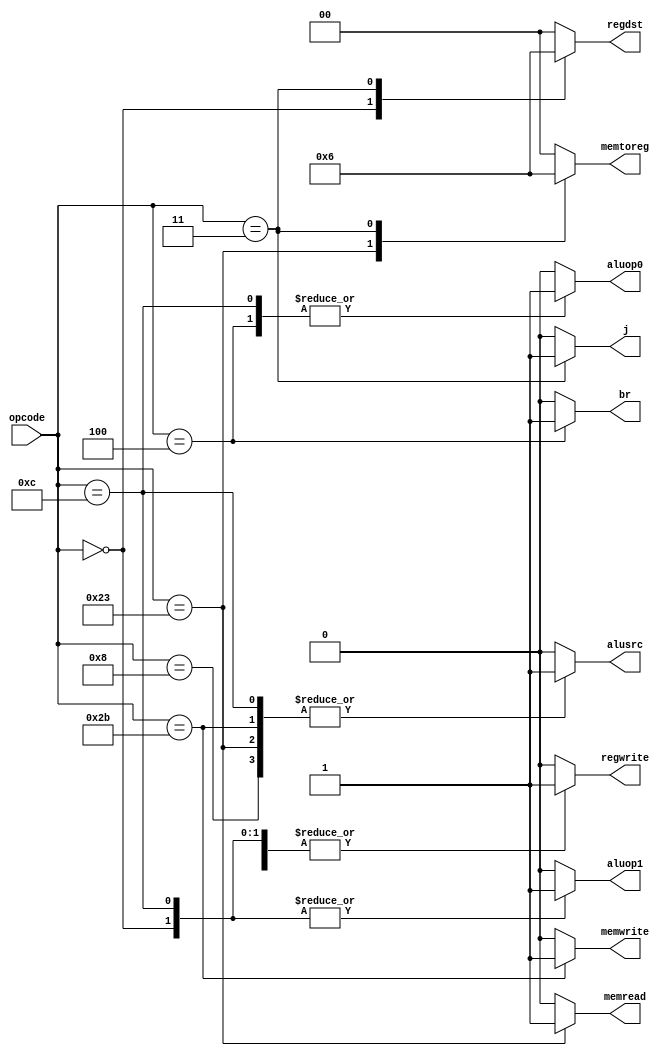
module controlunit ( opcode,regdst,alusrc,memtoreg,regwrite,memread,memwrite,br,aluop0, aluop1,j);
	
	input [5:0] opcode;
	output [1:0] regdst;
	output alusrc ;
	output [1:0] memtoreg;
	output regwrite ;
	output memread ;
	output memwrite ; 
	output br ;
	output aluop0;
	output aluop1 ;
	output j ;
	
	reg [1:0]regdst;
	reg alusrc ;
	reg [1:0]memtoreg;
	reg regwrite ;
	reg memread ;
    reg memwrite ; 
	reg br ;
	reg aluop0;
	reg aluop1 ;
	reg j ;	  
	
	always@(opcode) 
	 	begin 
		case(opcode) 
		
		
    6'b000000: begin regdst=2'b01; alusrc=1'b0; memtoreg=2'b00; regwrite=1'b1; memread=1'b0; memwrite=1'b0; br=1'b0 ; aluop1=1'b1; aluop0=1'b0; j=1'b0; end
	
	6'b001000: begin regdst=2'b00; alusrc=1'b1; memtoreg=2'b00; regwrite=1'b1; memread=1'b0; memwrite=1'b0; br=1'b0 ; aluop1=1'b0; aluop0=1'b0; j=1'b0; end	 
	
	6'b100011: begin regdst=2'b00; alusrc=1'b1; memtoreg=2'b01; regwrite=1'b1; memread=1'b1; memwrite=1'b0; br=1'b0 ; aluop1=1'b0; aluop0=1'b0; j=1'b0; end	 
	
	6'b101011: begin regdst=2'b00; alusrc=1'b1; memtoreg=2'b00; regwrite=1'b0; memread=1'b0; memwrite=1'b1; br=1'b0 ; aluop1=1'b0; aluop0=1'b0; j=1'b0; end
	
	6'b001100: begin regdst=2'b00; alusrc=1'b1; memtoreg=2'b00; regwrite=1'b1; memread=1'b0; memwrite=1'b0; br=1'b0 ; aluop1=1'b1; aluop0=1'b1; j=1'b0; end
	
	6'b000100: begin regdst=2'b00; alusrc=1'b0; memtoreg=2'b00; regwrite=1'b0; memread=1'b0; memwrite=1'b0; br=1'b1 ; aluop1=1'b0; aluop0=1'b1; j=1'b0;	end
	
	6'b000011: begin regdst=2'b10; alusrc=1'b0; memtoreg=2'b10; regwrite=1'b1; memread=1'b0; memwrite=1'b0; br=1'b0 ; aluop1=1'b0; aluop0=1'b0; j=1'b1;	end
	
	default:   begin regdst=2'b00; alusrc=1'b0; memtoreg=2'b00; regwrite=1'b0; memread=1'b0; memwrite=1'b0; br=1'b0 ; aluop1=1'b0; aluop0=1'b0; j=1'b0;	end
			  
	endcase 
		end
endmodule